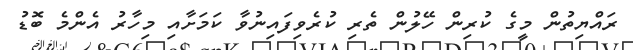
ރައްޔިތުން މީގެ ކުރިން ހޭލުން ތެރި ކުރެވިފައިނުވާ ކަމަށާއި މިހާރު އެންމެ ބޮޑު